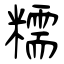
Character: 糯